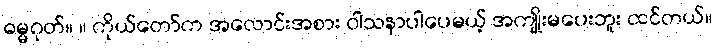
ဓမ္မဂုတ်။ ။ ကိုယ်တော်က အလောင်းအစား ဝါသနာပါပေမယ့် အကျိုးမပေးဘူး ထင်တယ်။